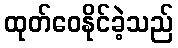
ထုတ်ဝေနိုင်ခဲ့သည်